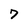
Character: 7